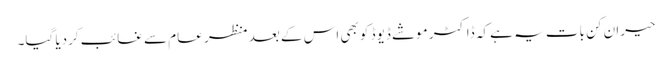
حیران کن بات یہ ہے کہ ڈاکٹر موشے ڈیوڈ کو بھی اس کے بعد منظر عام سے غائب کردیا گیا۔